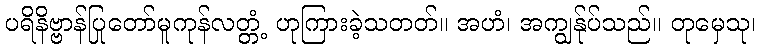
ပရိနိဗ္ဗာန်ပြုတော်မူကုန်လတ္တံ့ ဟုကြားခဲ့သတတ်။ အဟံ၊ အကျွန်ုပ်သည်။ တုမှေသု၊